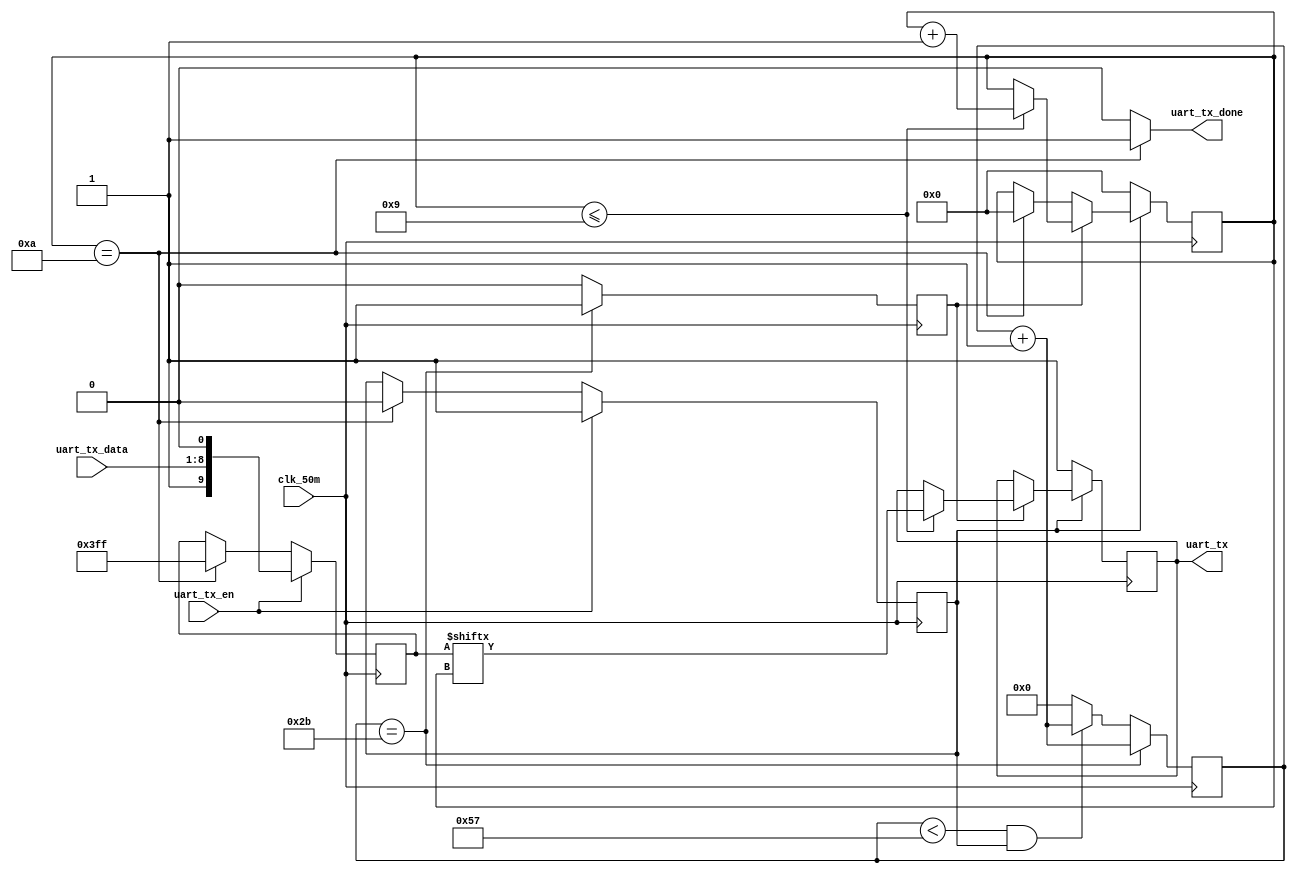
module uart_tx(
	input clk_50m,
	input [7:0] uart_tx_data,	      
	input uart_tx_en,			        
	output uart_tx,
	output uart_tx_done
);

parameter BAUD_DIV     = 13'd87;  
parameter BAUD_DIV_CAP = 13'd43;     
reg [12:0] baud_div=0;			         
reg baud_bps=0;				            
reg [9:0] send_data=10'b1111111111;    
reg [3:0] bit_num=0;	                
reg uart_send_flag=0;	                
reg uart_tx_r=1;		              
always@(posedge clk_50m)
begin
	if(baud_div==BAUD_DIV_CAP)	        
		begin
			baud_bps<=1'b1;
			baud_div<=baud_div+1'b1;
		end
	else if(baud_div<BAUD_DIV && uart_send_flag)
		begin
			baud_div<=baud_div+1'b1;
			baud_bps<=0;	
		end
	else
		begin
			baud_bps<=0;
			baud_div<=0;
		end
end

always@(posedge clk_50m)
begin
    if(uart_tx_en)	
		begin
			uart_send_flag<=1'b1;
			send_data<={1'b1,uart_tx_data,1'b0};
		end
	else if(bit_num==4'd10)	
		begin
			uart_send_flag<=1'b0;
			send_data<=10'b1111_1111_11;
		end
end

always@(posedge clk_50m)
begin
	if(uart_send_flag)	
		begin
			if(baud_bps)
				begin
					if(bit_num<=4'd9)
						begin
							uart_tx_r<=send_data[bit_num];	
							bit_num<=bit_num+1'b1;
						end
				end
			else if(bit_num==4'd10)
				bit_num<=4'd0;
		end
	else
		begin
			uart_tx_r<=1'b1;	
			bit_num<=0;
		end
end

assign uart_tx=uart_tx_r;
assign uart_tx_done = (bit_num == 10) ? 1:0;
endmodule